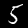
Label: 5